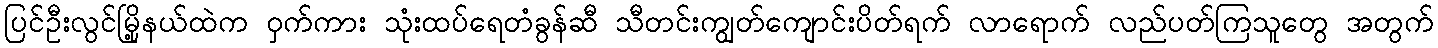
ပြင်ဦးလွင်မြို့နယ်ထဲက ဝှက်ကား သုံးထပ်ရေတံခွန်ဆီ သီတင်းကျွတ်ကျောင်းပိတ်ရက် လာရောက် လည်ပတ်ကြသူတွေ အတွက်